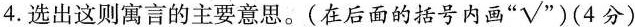
4.选出这则寓言的主要意思。(在后面的括号内画”√”)(4分)